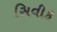
સિવીક